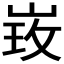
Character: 𱛲